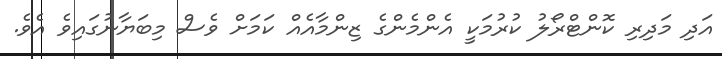
އަދި މަދިރި ކޮންޓްރޯލު ކުރުމަކީ އެންމެންގެ ޒިންމާއެއް ކަަމަށް ވެސް މިބަޔާނުގައިވެ އެވެ.